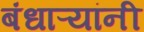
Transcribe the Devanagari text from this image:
बंधाऱ्यांनी